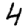
Digit: 4